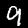
Digit: 9